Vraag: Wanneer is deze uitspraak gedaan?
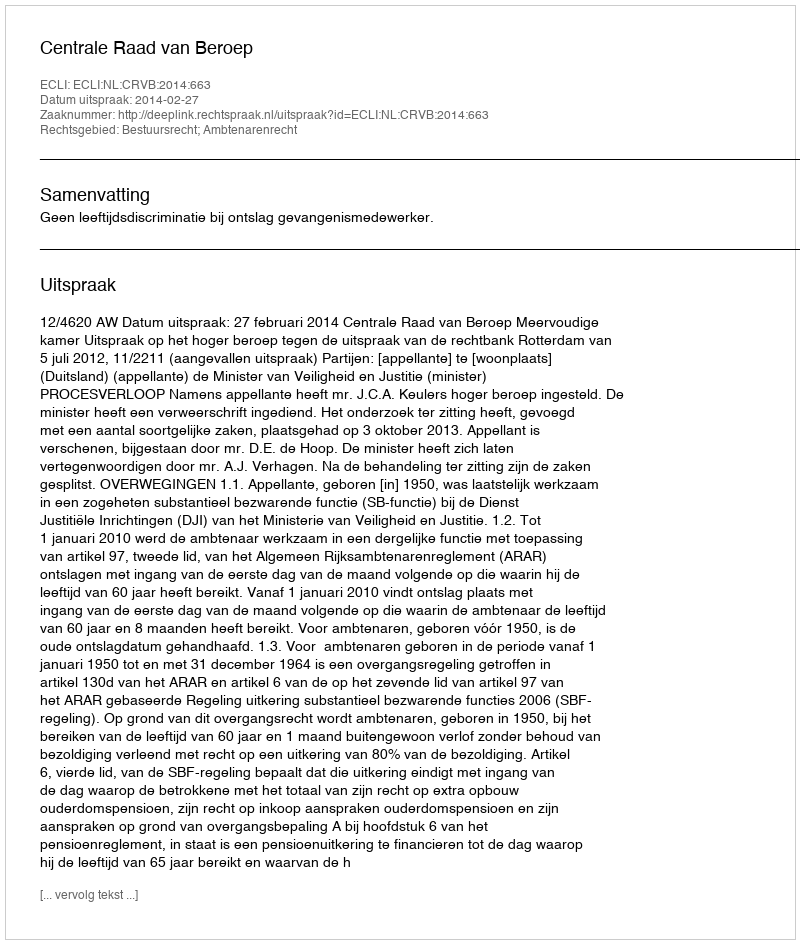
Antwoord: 2014-02-27